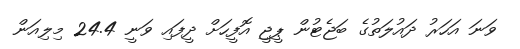
ވަނަ އަހަރު ދައުލަތުގެ ބަޖެޓުން ޕީޖީ އޮފީހަށް ދީފައި ވަނީ 24.4 މިލިއަން